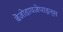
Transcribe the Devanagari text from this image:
बेंज़ोडायज़ेपाइन्स